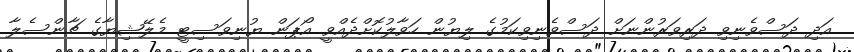
އަދި ދަސްވެނިވި ދަރިވަރުންނަށް ދަސްވެނިވިކަމުގެ ލިޔުން ހަވާލުކޮށްދެއްވީ އޯޕަން ޔުނިވަސިޓީ މެލޭޝިޔާގެ ޗާންސެލާ